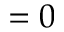
= 0